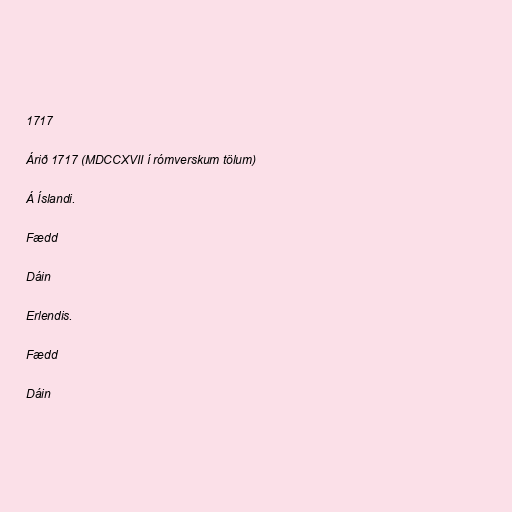
1717

Árið 1717 (MDCCXVII í rómverskum tölum)

Á Íslandi.

Fædd

Dáin

Erlendis.

Fædd

Dáin